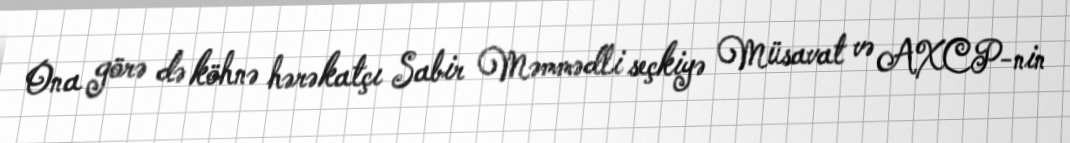
Ona görə də köhnə hərəkatçı Sabir Məmmədli seçkiyə Müsavat və AXCP-nin